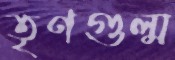
তৃণগুল্ম